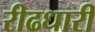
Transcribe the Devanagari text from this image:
रीढधारी